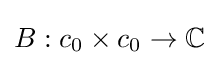
B:c_{0}\times c_{0}\to \mathbb {C}